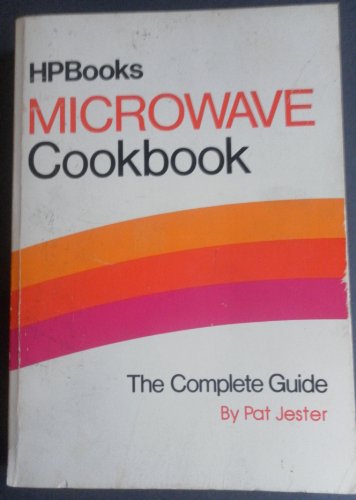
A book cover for Microwave Cookbook Rb; Ltd. Creative Foods; Cookbooks, Food & Wine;